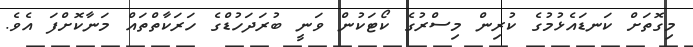
މިގޮތަށް ކަނޑައެޅުމުގެ ކުރިން މިސްރުގެ ކޯޓަކުން ވަނީ ބުރަދަހުޑްގެ ހަރަކާތްތައް މަނާކޮށްފަ އެވެ.